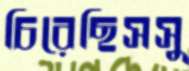
চিরেছিসসু